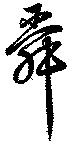
舜